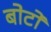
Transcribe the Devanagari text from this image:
बोटो